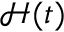
\mathcal { H } ( t )